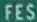
FES